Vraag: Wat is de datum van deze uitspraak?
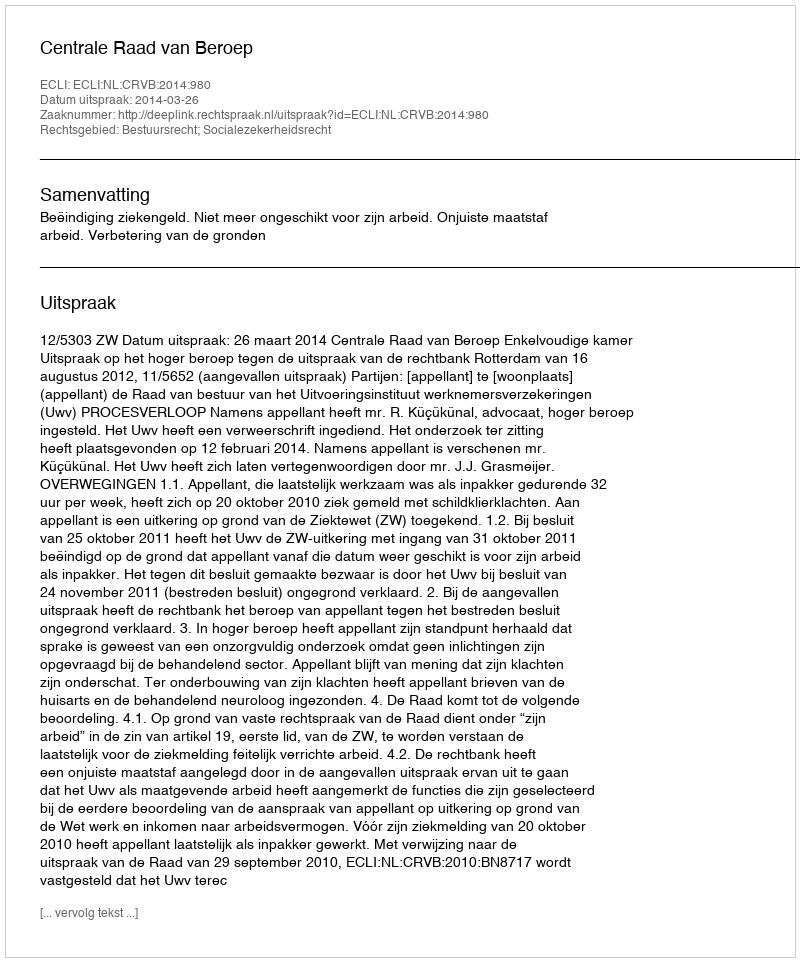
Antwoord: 2014-03-26